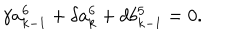
LaTeX: \gamma a _ { k - 1 } ^ { 6 } + \delta a _ { k } ^ { 6 } + d b _ { k - 1 } ^ { 5 } = 0 .